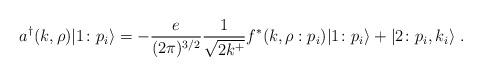
LaTeX: \begin{align*}a^{\dagger}(k,\rho) \vert 1\colon p_i \rangle =-{e \over {(2\pi)^{3/2}}}{1 \over \sqrt{2k^+}}f^*(k, \rho:p_i) \vert 1\colon p_i \rangle + \vert 2 \colon p_i, k_i \rangle\;.\end{align*}